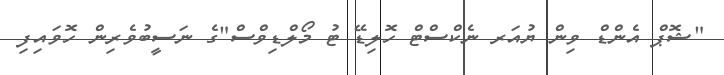
"ޝޮޕް އެންޑް ވިން ޔުއަރ ނެކްސްޓް ހޮލިޑޭ ޓު މޯލްޑިވްސް"ގެ ނަސީބުވެރިން ހޮވައިފި